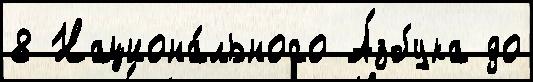
8 Национа́льного А́збука до